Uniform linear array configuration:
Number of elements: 12
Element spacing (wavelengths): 1
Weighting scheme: hamming
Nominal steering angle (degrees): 15
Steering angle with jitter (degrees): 16.67
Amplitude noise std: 0.05
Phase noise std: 0.05

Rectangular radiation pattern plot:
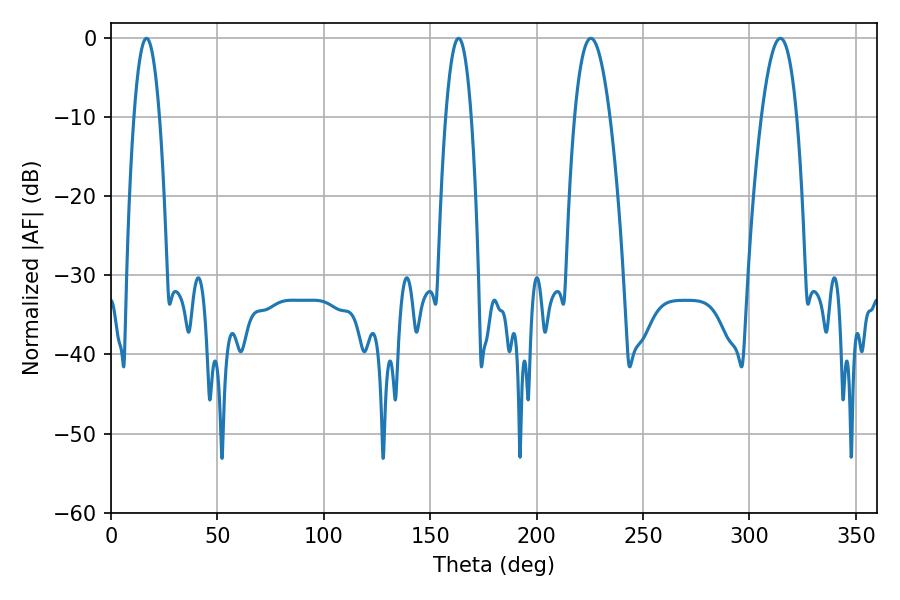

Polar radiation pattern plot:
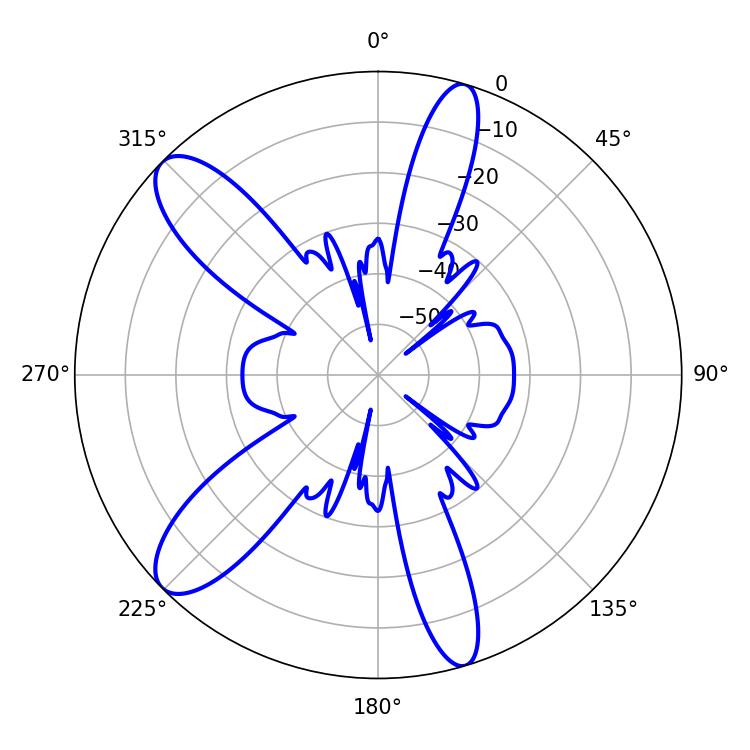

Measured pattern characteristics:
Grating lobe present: TRUE
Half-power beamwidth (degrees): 9.18
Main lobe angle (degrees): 225.54